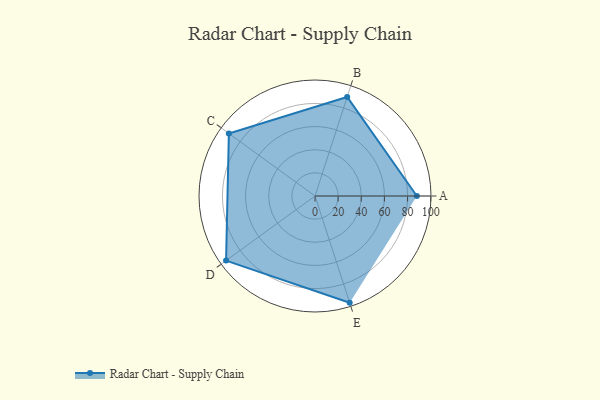
{"axis": {"x": "Skill", "y": "Score"}, "legend": ["Profile"], "data": [{"x": "A", "y": 88.0, "type": "Profile"}, {"x": "B", "y": 90.0, "type": "Profile"}, {"x": "C", "y": 92.0, "type": "Profile"}, {"x": "D", "y": 95.0, "type": "Profile"}, {"x": "E", "y": 97.0, "type": "Profile"}]}